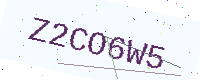
Text: Z2CO6W5